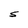
Character: S